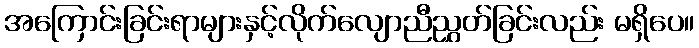
အကြောင်းခြင်းရာများနှင့်လိုက်လျောညီညွှတ်ခြင်းလည်း မရှိပေ။